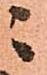
二